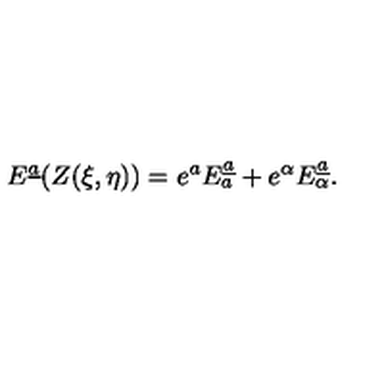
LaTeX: E ^ { \underline { { a } } } ( Z ( \xi , \eta ) ) = e ^ { a } E _ { a } ^ { \underline { { a } } } + e ^ { \alpha } E _ { \alpha } ^ { \underline { { a } } } .